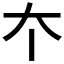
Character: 𡗔